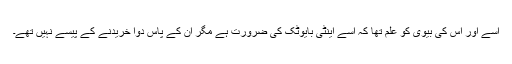
اسے اور اس کی بیوی کو علم تھا کہ اسے اینٹی بایوٹک کی ضرورت ہے مگر ان کے پاس دوا خریدنے کے پیسے نہیں تھے۔